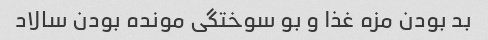
بد بودن مزه غذا و بو سوختگی مونده بودن سالاد